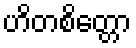
ဟိတစိတ္တော